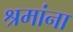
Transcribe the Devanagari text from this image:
श्रमांना